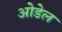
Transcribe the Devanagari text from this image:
ओडेल